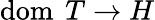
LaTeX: \operatorname{dom}\ T\rightarrow H